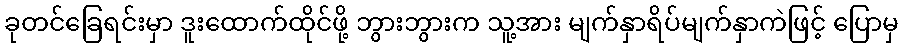
ခုတင်ခြေရင်းမှာ ဒူးထောက်ထိုင်ဖို့ ဘွားဘွားက သူ့အား မျက်နှာရိပ်မျက်နှာကဲဖြင့် ပြောမှ